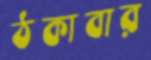
ঠকাবার